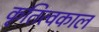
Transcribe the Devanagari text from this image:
कृतित्वकाल